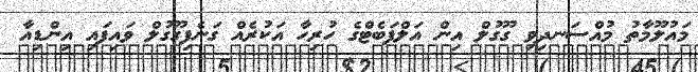
މައުލޫމާތު މުއްސަނދިވި ގޫގުލް އިން އަލްފަބެޓްގެ ހުރިހާ އަކުރެއް ގަނެފިގޫގުލް ވައިފައި އިންޑިއާ